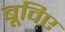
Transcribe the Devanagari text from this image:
बूविए